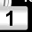
Digit: 1